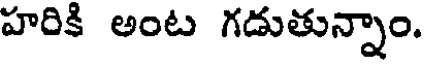
హరికి అంట గడుతున్నాం.